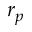
r _ { p }